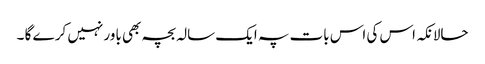
حالانکہ اس کی اس بات پہ ایک سالہ بچہ بھی باور نہیں کر ے گا ۔